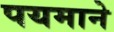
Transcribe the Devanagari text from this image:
पयमाने